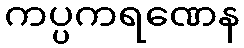
ကပ္ပကရဏေန